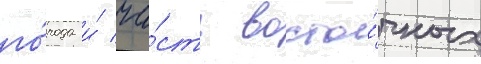
го́рода и́ ча́сть восто́чных